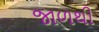
જાળથી